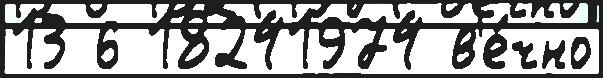
13 6 18241974 в'е́чно